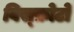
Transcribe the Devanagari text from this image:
विस्फ़ोटो